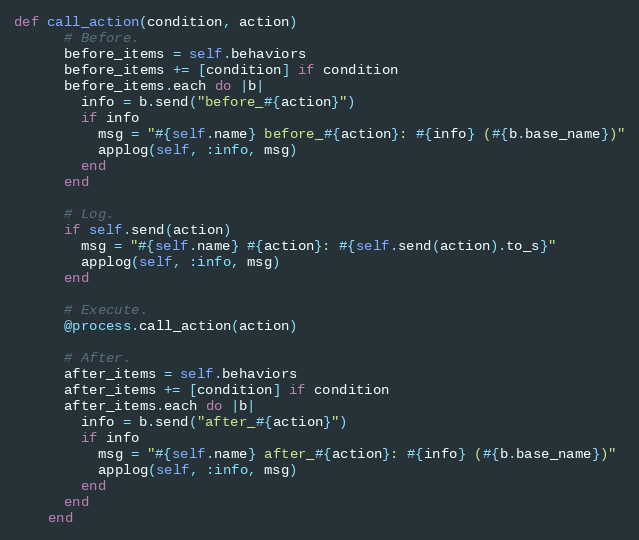
Language: Ruby
def call_action(condition, action)
      # Before.
      before_items = self.behaviors
      before_items += [condition] if condition
      before_items.each do |b|
        info = b.send("before_#{action}")
        if info
          msg = "#{self.name} before_#{action}: #{info} (#{b.base_name})"
          applog(self, :info, msg)
        end
      end

      # Log.
      if self.send(action)
        msg = "#{self.name} #{action}: #{self.send(action).to_s}"
        applog(self, :info, msg)
      end

      # Execute.
      @process.call_action(action)

      # After.
      after_items = self.behaviors
      after_items += [condition] if condition
      after_items.each do |b|
        info = b.send("after_#{action}")
        if info
          msg = "#{self.name} after_#{action}: #{info} (#{b.base_name})"
          applog(self, :info, msg)
        end
      end
    end